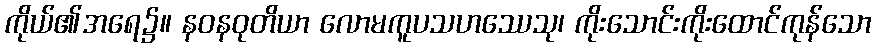
ကိုယ်၏အရေ၌။ နဝနဝုတိယာ လောမကူပသဟဿေသု၊ ကိုးသောင်းကိုးထောင်ကုန်သော